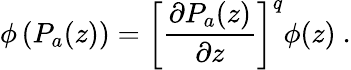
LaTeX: \phi\left(P_{a}(z)\right)=\left[\frac{\partial P_{a}(z)}{\partial z}\right]^{q}\phi(z)\ .